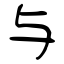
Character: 与